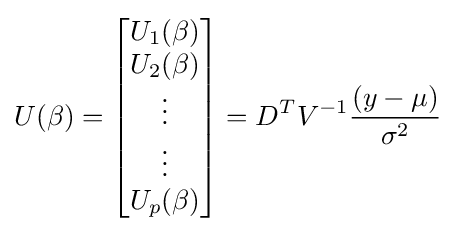
U(\beta )={\begin{bmatrix}U_{1}(\beta )\\U_{2}(\beta )\\\vdots \\\vdots \\U_{p}(\beta )\end{bmatrix}}=D^{T}V^{-1}{\frac {(y-\mu )}{\sigma ^{2}}}